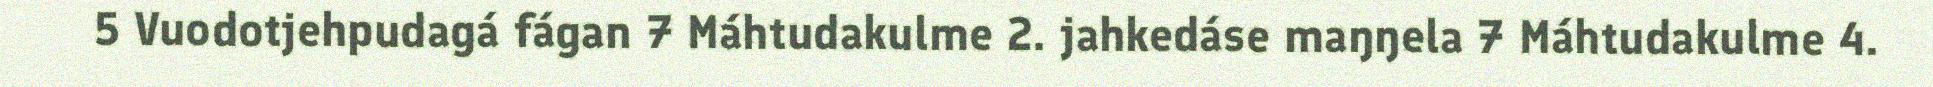
5 Vuodotjehpudagá fágan 7 Máhtudakulme 2. jahkedáse maŋŋela 7 Máhtudakulme 4.